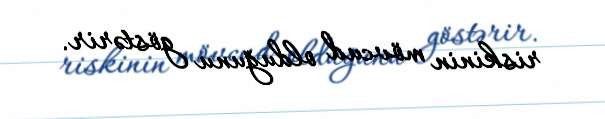
riskinin mövcud olduğunu göstərir.